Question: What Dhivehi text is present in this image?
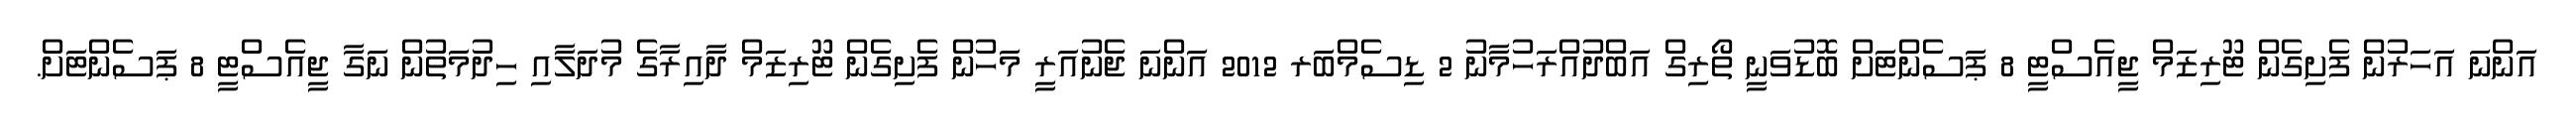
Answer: އަންނަ އަހަރުން ފެށިގެން ޓޫރިޒަމް ޖީއެސްޓީ 8 ޕަސެންޓަށް ބޮޑުވަނީ ތޯރިގް އަބްދުއްރަހުމާނު 2 ޑިސެމްބަރ 2012 އަންނަ ޖެނުއަރީ މަހުން ފެށިގެން ޓޫރިޒަމް ދާއިރާގެ މުދަލާއި ހިދުމަތުން ނަގާ ޖީއެސްޓީ 8 ޕަސެންޓަށް.